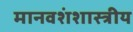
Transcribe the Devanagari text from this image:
मानवशंशास्त्रीय